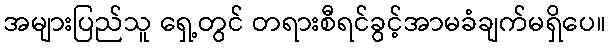
အများပြည်သူ ရှေ့တွင် တရားစီရင်ခွင့်အာမခံချက်မရှိပေ။